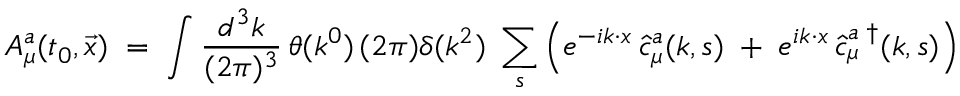
{ \cal A } _ { \mu } ^ { a } ( t _ { 0 } , \vec { x } ) \; = \; \int \frac { d ^ { 3 } k } { ( 2 \pi ) ^ { 3 } } \, \theta ( k ^ { 0 } ) \, ( 2 \pi ) \delta ( k ^ { 2 } ) \; \sum _ { s } \left( e ^ { - i k \cdot x } \, \hat { c } _ { \mu } ^ { a } ( k , s ) \; + \; e ^ { i k \cdot x } \, \hat { c } _ { \mu } ^ { a \; \dagger } ( k , s ) \right)